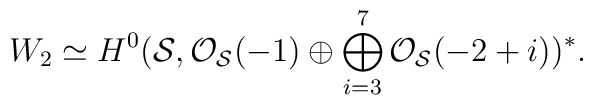
W_2 \simeq H^{0} ({\cal S}, {\cal O}_{{\cal S}}(-1) \oplus\bigoplus_{i=3}^{7} {\cal O}_{{\cal S}}(-2+i))^{*}.